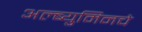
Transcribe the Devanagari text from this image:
अल्ब्युमिनचे